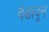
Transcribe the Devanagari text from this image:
वेडावून